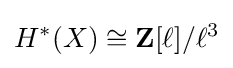
H^{*}(X)\cong \mathbf {Z} [\ell ]/\ell ^{3}